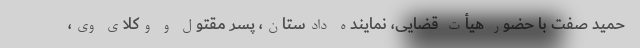
حمید صفت با حضور هیأت قضایی، نماینده دادستان، پسر مقتول و وکلای وی،